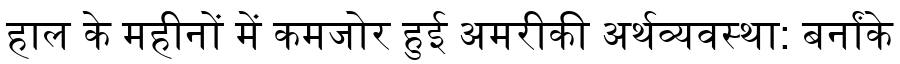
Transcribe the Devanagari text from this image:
हाल के महीनों में कमजोर हुई अमरीकी अर्थव्यवस्था: बर्नांके